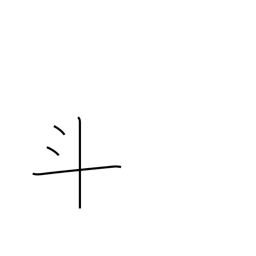
Meaning: dots and cross radical (no. 68)